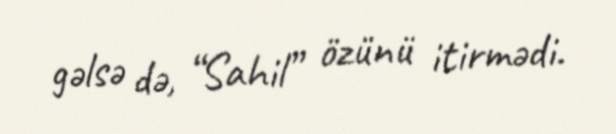
gəlsə də, “Sahil” özünü itirmədi.